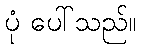
ပုံ ပေါ်သည်။